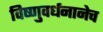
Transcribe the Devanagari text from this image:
विष्णुवर्धनानेच